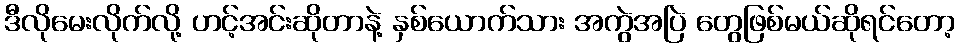
ဒီလိုမေးလိုက်လို့ ဟင့်အင်းဆိုတာနဲ့ နှစ်ယောက်သား အကွဲအပြဲ တွေဖြစ်မယ်ဆိုရင်တော့